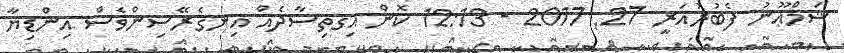
ޝަމްޢޫނު ފެބުރުއަރީ 27